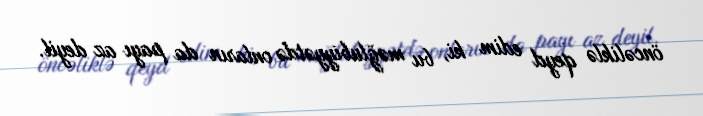
öncəliklə qeyd edim ki, bu məğlubiyyətdə onların da payı az deyil.